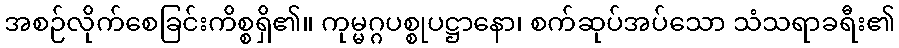
အစဉ်လိုက်စေခြင်းကိစ္စရှိ၏။ ကုမ္မဂ္ဂပစ္စုပဋ္ဌာနော၊ စက်ဆုပ်အပ်သော သံသရာခရီး၏